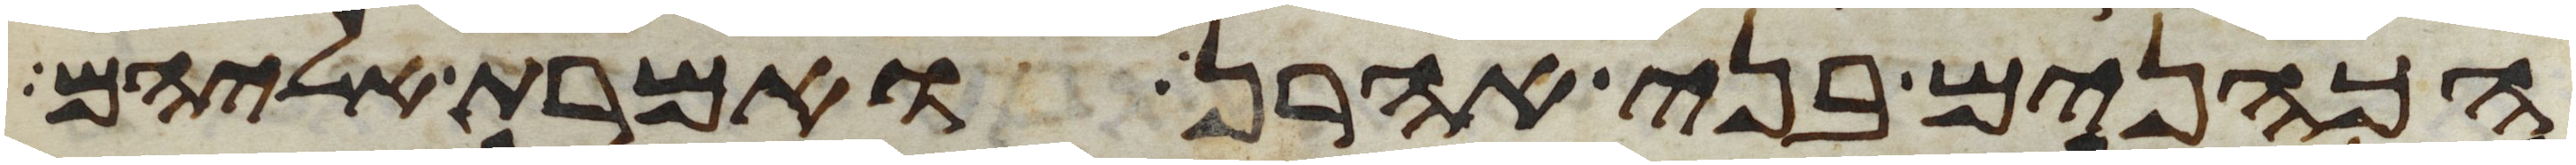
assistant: הכהנים בני אהרן ואמרת אליהם